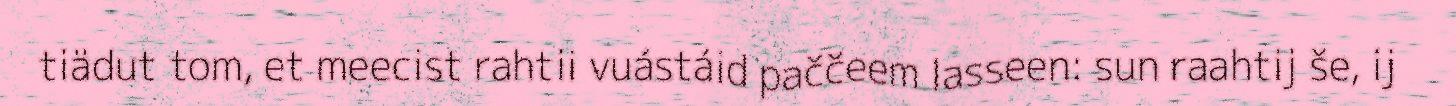
tiädut tom, et meecist rahtii vuástáid paččeem lasseen: sun raahtij še, ij